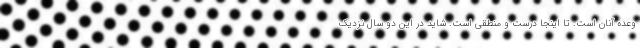
وعده آنان است. تا اینجا درست و منطقی است. شاید در این دو سال نزدیک